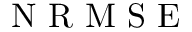
\mathrm { ~ N ~ R ~ M ~ S ~ E ~ }